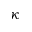
\kappa